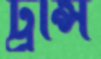
ট্রান্স